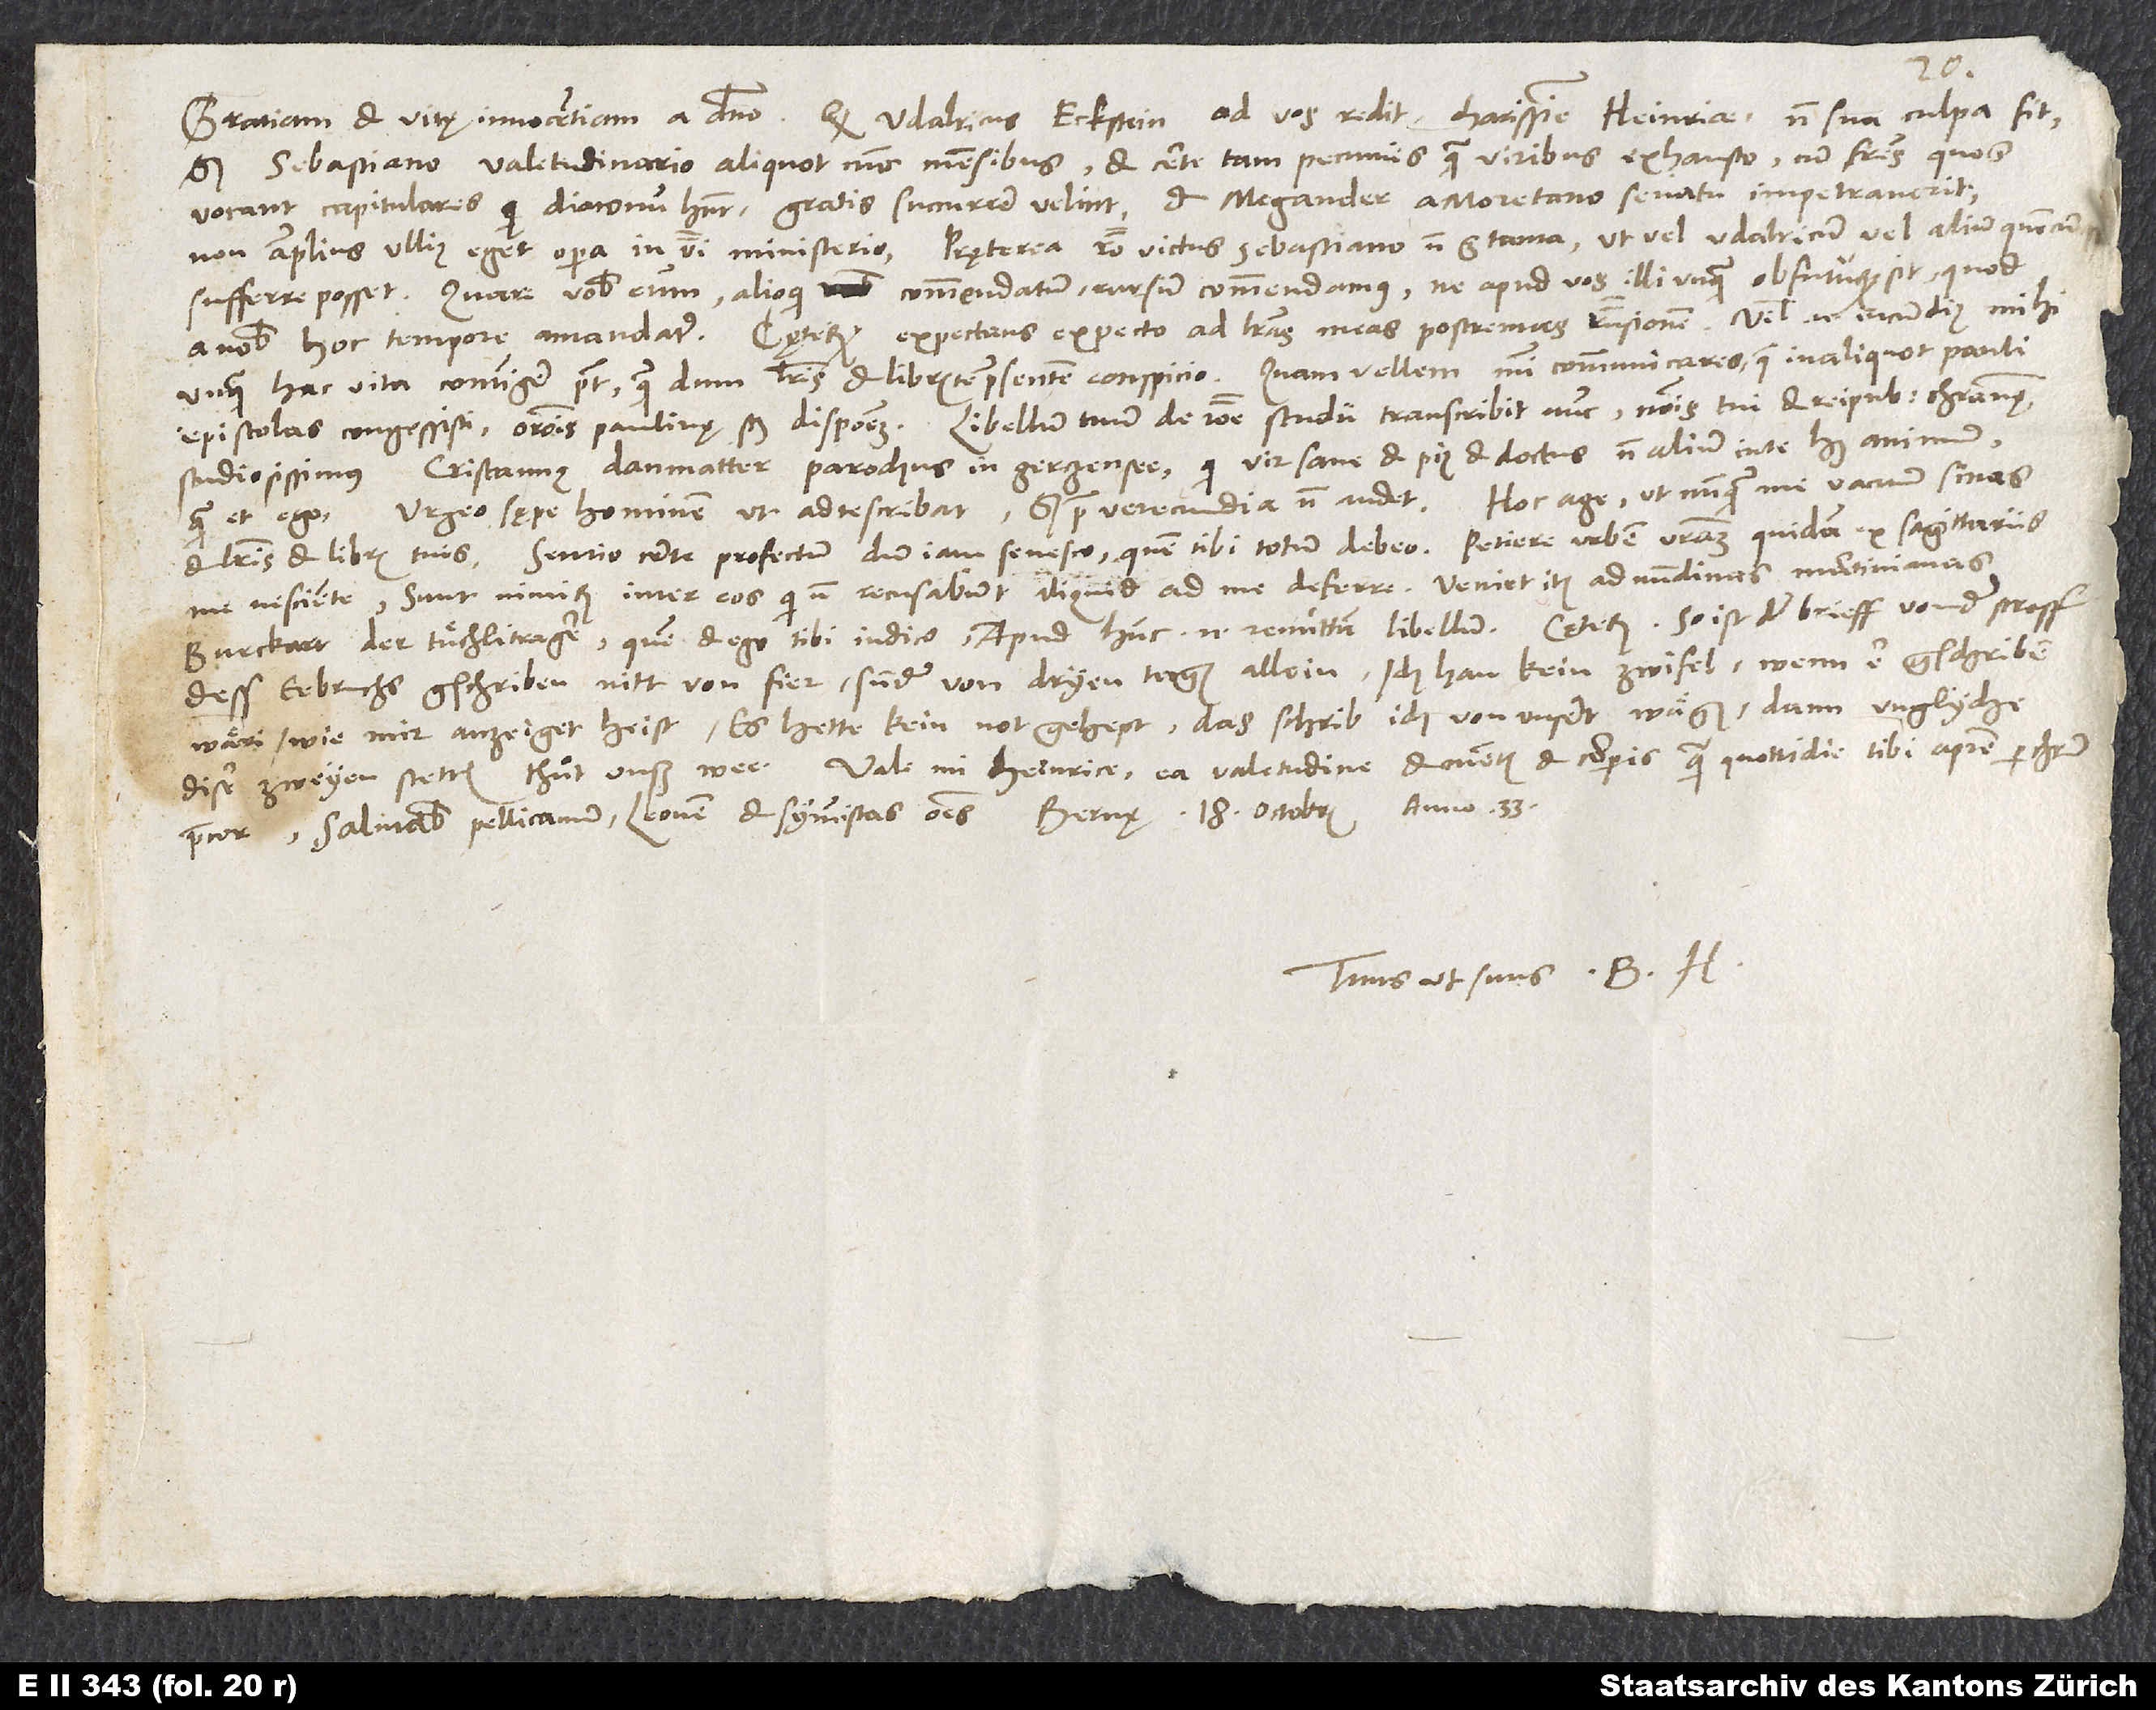
18.
sed Sebastiano valetudinario aliquot nunc mensibus et certe tam pecuniis quam viribus exhausto cum fratres, quos
vocant capitulares, qui diaconum habent, gratis succurrere velint et Megander a Moretano senatu impetraverit,
non amplius ullius eget opera in verbi ministerio. Praeterea ratio victus Sebastiano non est tanta, ut vel Udalricum vel alium quemcunque
sufferre posset. Quare vobis eum alioqui commendatum rursum commendamus, ne apud vos illi unquam obfuturum sit, quod
unquam hac vita contingere potest, quam dum literis et libris te praesentem conspicio. Quam vellem mihi communicares, quae in aliquot Pauli
Cristannus Danmatter, parochus in Gerzensee, qui vir sane et pius et doctus non alium in te habet animum
studiosissimus
me nesciente. Sunt nimirum inter eos, qui non recusabunt aliquid ad me deferre. Veniet item ad nundinas MartinianasBurckart,
dess eebruchs gschriben nitt von fier, sunder von dryen tagen allein. Ich han kein zwifel, wenn er gschriben
wäri, wie mir anzeiget heist, es hette kein not gehept. Das schrib ich von unsert wägen, dann unglyche
Tuus ut suus B. H.